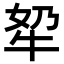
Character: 𪺫